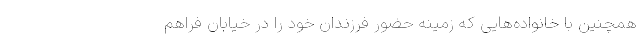
همچنین با خانواده‌هایی که زمینه حضور فرزندان خود را در خیابان فراهم